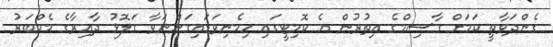
ގެންދަވާތީ ކަމަށް ގާސިމްގެ އިތުރުން އެ ކޮމިޓީގައި ހިމެނިވަޑައިގަންނަވާ ގަލޮޅު ދާއިރާގެ މެމްބަރު